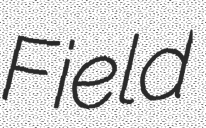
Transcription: Field